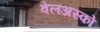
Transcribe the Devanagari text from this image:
वेलअस्को